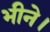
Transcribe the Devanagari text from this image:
भीने।